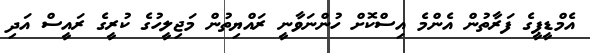
އެމްޑީޕީގެ ފަރާތުން އެންމެ އިސްކޮށް ހުންނަވާނީ ރައްޔިތުން މަޖިލީހުގެ ކުރީގެ ރައީސް އަދި